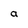
Character: a